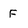
Character: F